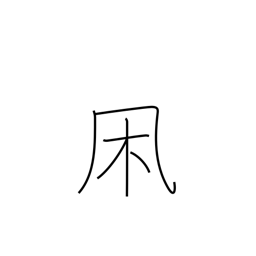
Meaning: wintry wind